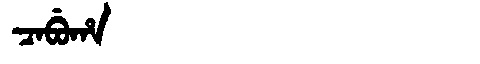
Manchu: ᠴᠠᠪᡠᡥᠠ
Romanization: CABUHA